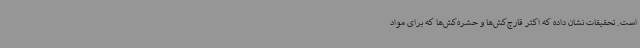
است. تحقیقات نشان داده که اکثر قارچ‌کش‌ها و حشره‌کش‌ها که برای مواد